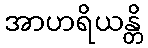
အာဟရိယန္တိ